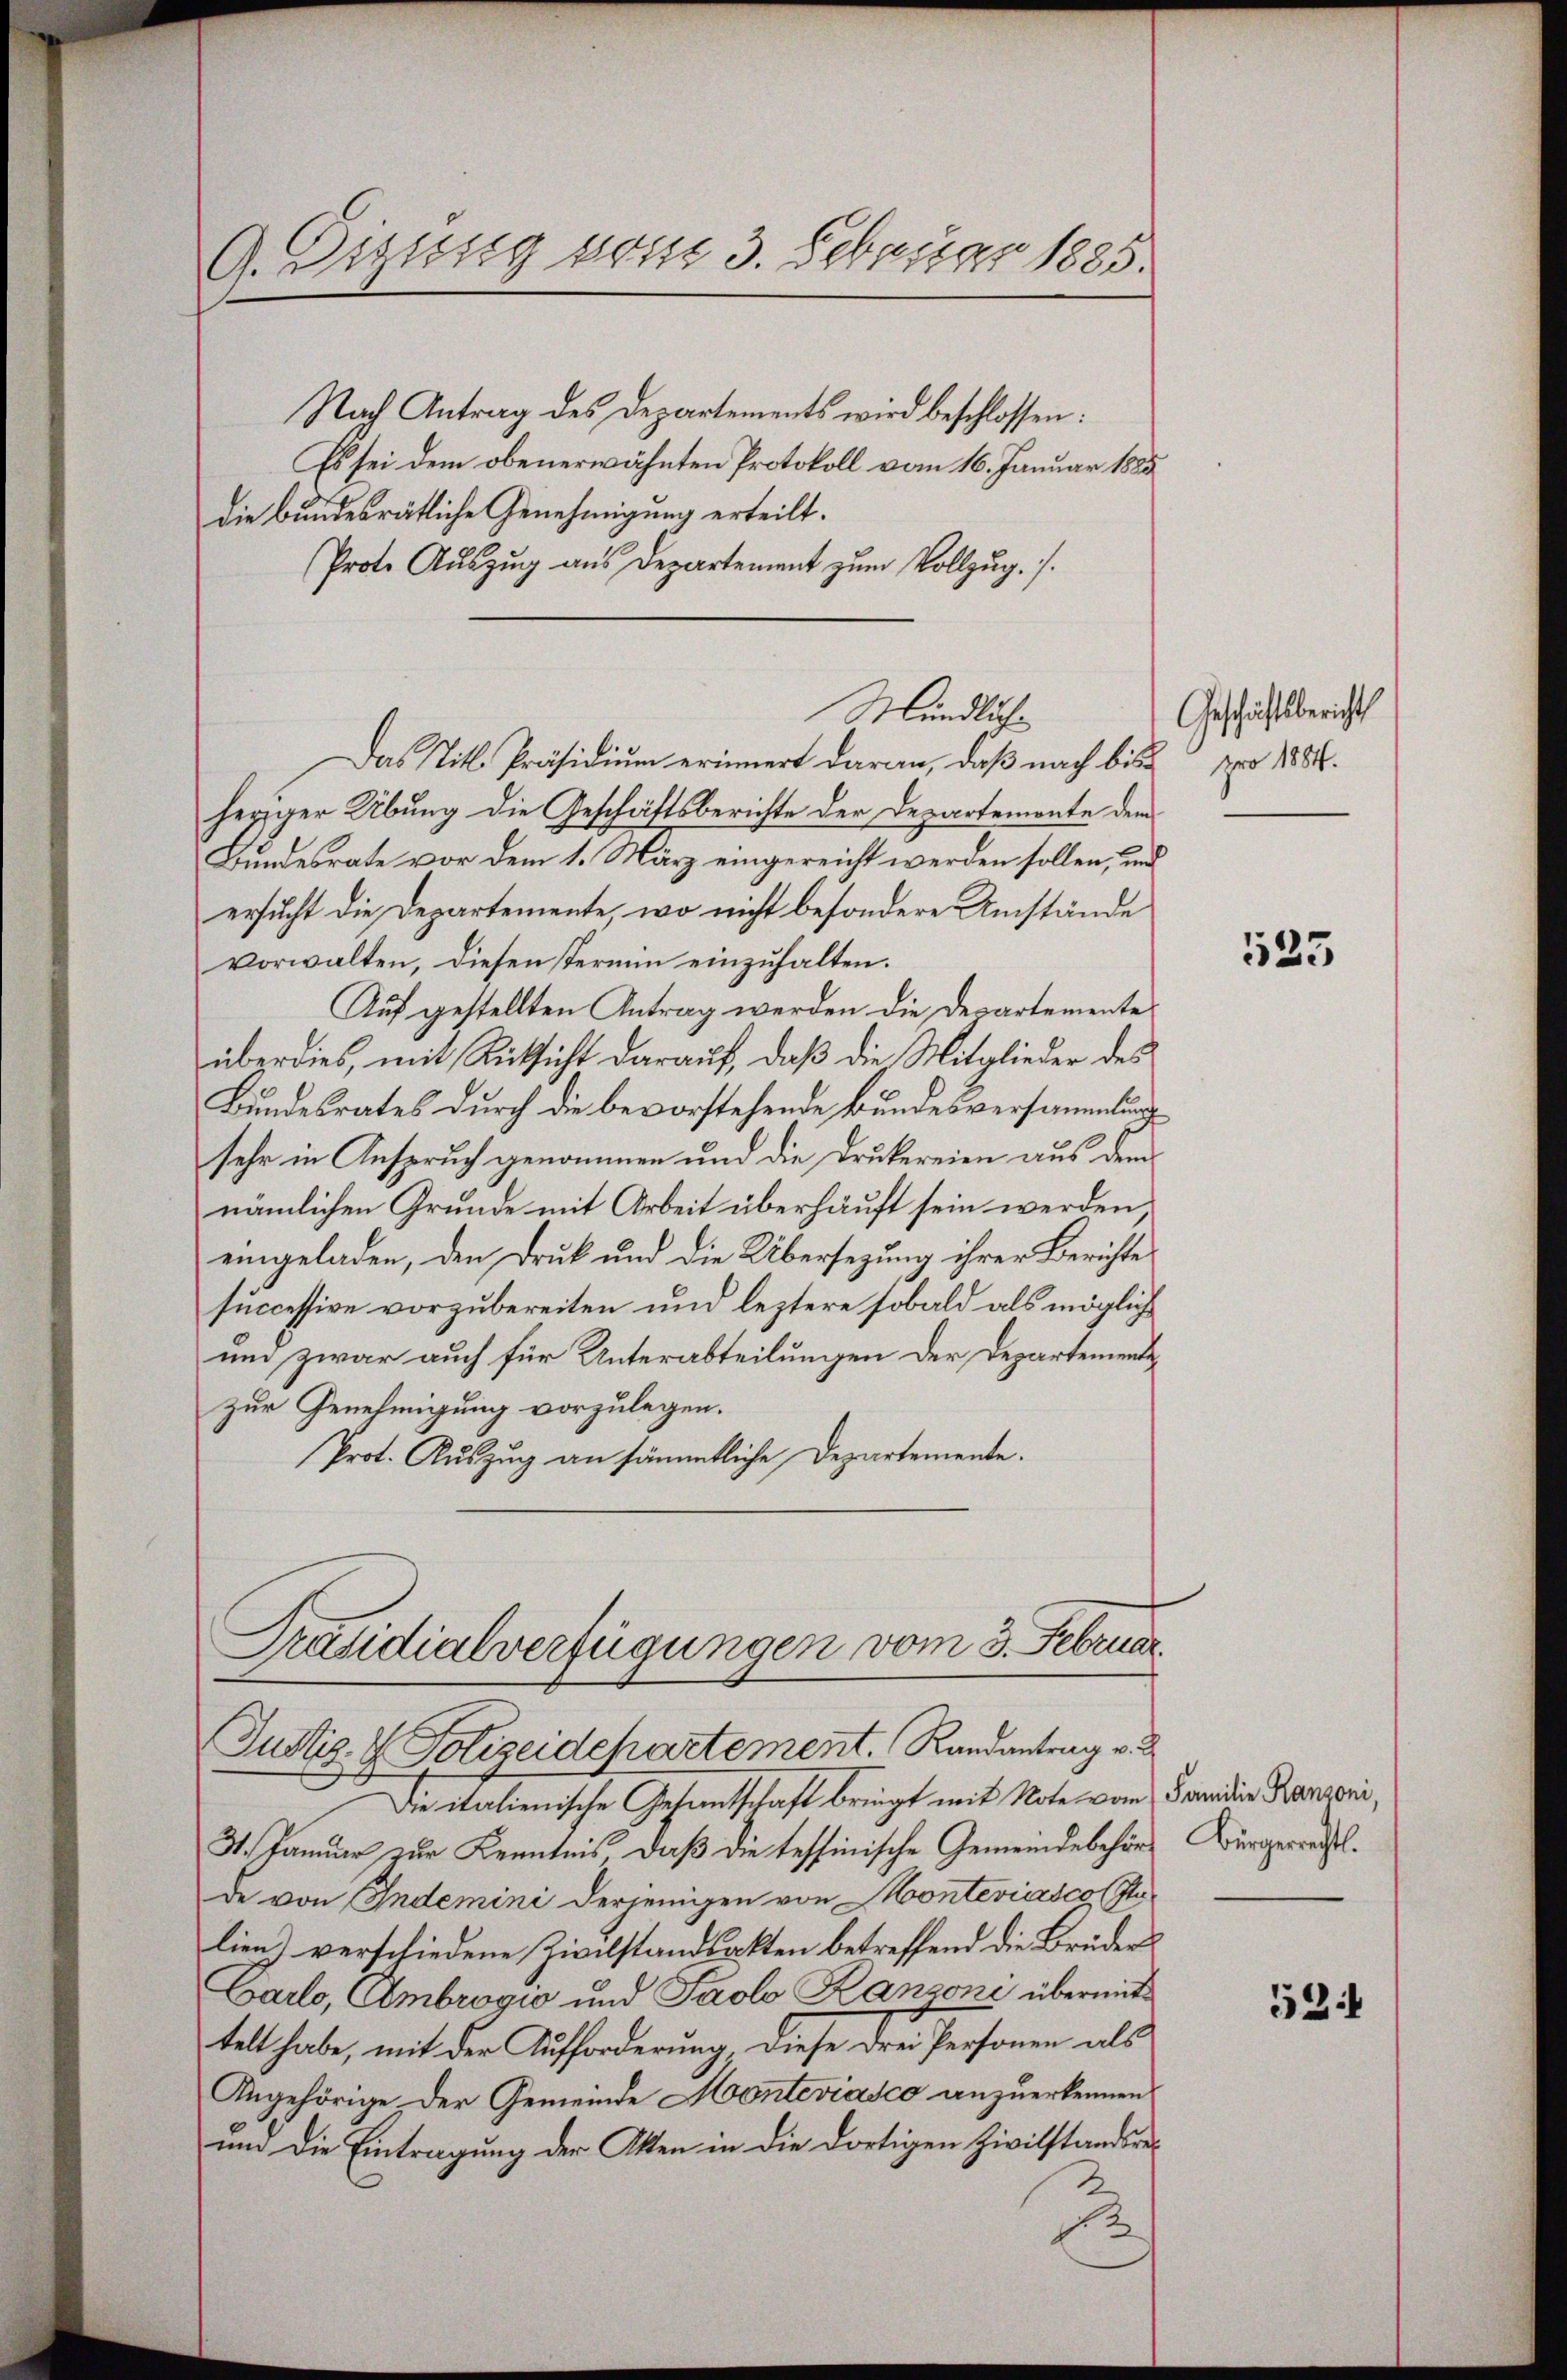
G. Dezessig von 3. Februar 1885.
Nach Antrag des Departements wird beschlossen:
Es sei dem obenerwähnten Protokoll vom 16. Januar 1885

Mündliche
Das Titl. Präsidium erinnert daran, daß nach bis pro 1884.

die bundesrätliche Genehmigung erteilt.
Prote Auszug aus Departement zum Vollzug. /.

heriger Übung die Geschäftsberichte der Departemonte dem
Bundesrate vor dem 1. März eingereicht werden sollen, und
ersucht die Departemente, wo nicht besondere Umstände
vorwalten, diesen Termin einzuhalten.
Auf gestellten Antrag werden die Departemente
überdies, mit Rücksicht darauf, daß die Mitglieder des
Bundesrates durch die bevorstehende Bundesversammlung
sehr in Anspruch genommen und die Drukereien aus dem
nämlichen Grunde mit Arbeit überhäuft sein werden
eingeladen, den Druk und die Übersezung ihrer Berichte
successive vorzubereiten und leztere sobald als möglich
und zwar auch für Unterabteilungen der Departemente
zur Genehmigung vorzulegen.
Prot. Auszug an sämmtliche Departemente.
Präsidialverfügungen vom 3. Februar.
Justiz- & Polizeidepartement. Randantrag v. 2
Die italienische Gesandtschaft bringt mit Note vom Sanidio Banzoni,
31. Januar zur Kenntnis, daß die tessinische Gemeindebehör Bürgerrechtsde von Indemini derjenigen von Monteviasco (stelien) verschiedene Zivilstandsakten betreffend die Brüders
Carlo, Ambrogić und Paolo Ranzoni übermittelt habe, mit der Aufforderung, diese drei Personen als
Angehörige der Gemeinde Monteviasco anzuerkennen
und die Eintragung der Otten in die dortigen Zivilstandsre¬
2

Geschäftsbericht

523

52: